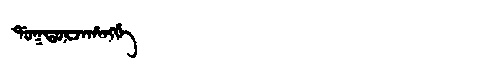
Manchu: ᡩᠣᡴᡩᠣᡵᠵᠠᡥᠠᠩᡤᡝ
Romanization: DOKDORJAHANGGE